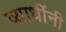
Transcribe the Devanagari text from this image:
व्याधींनी